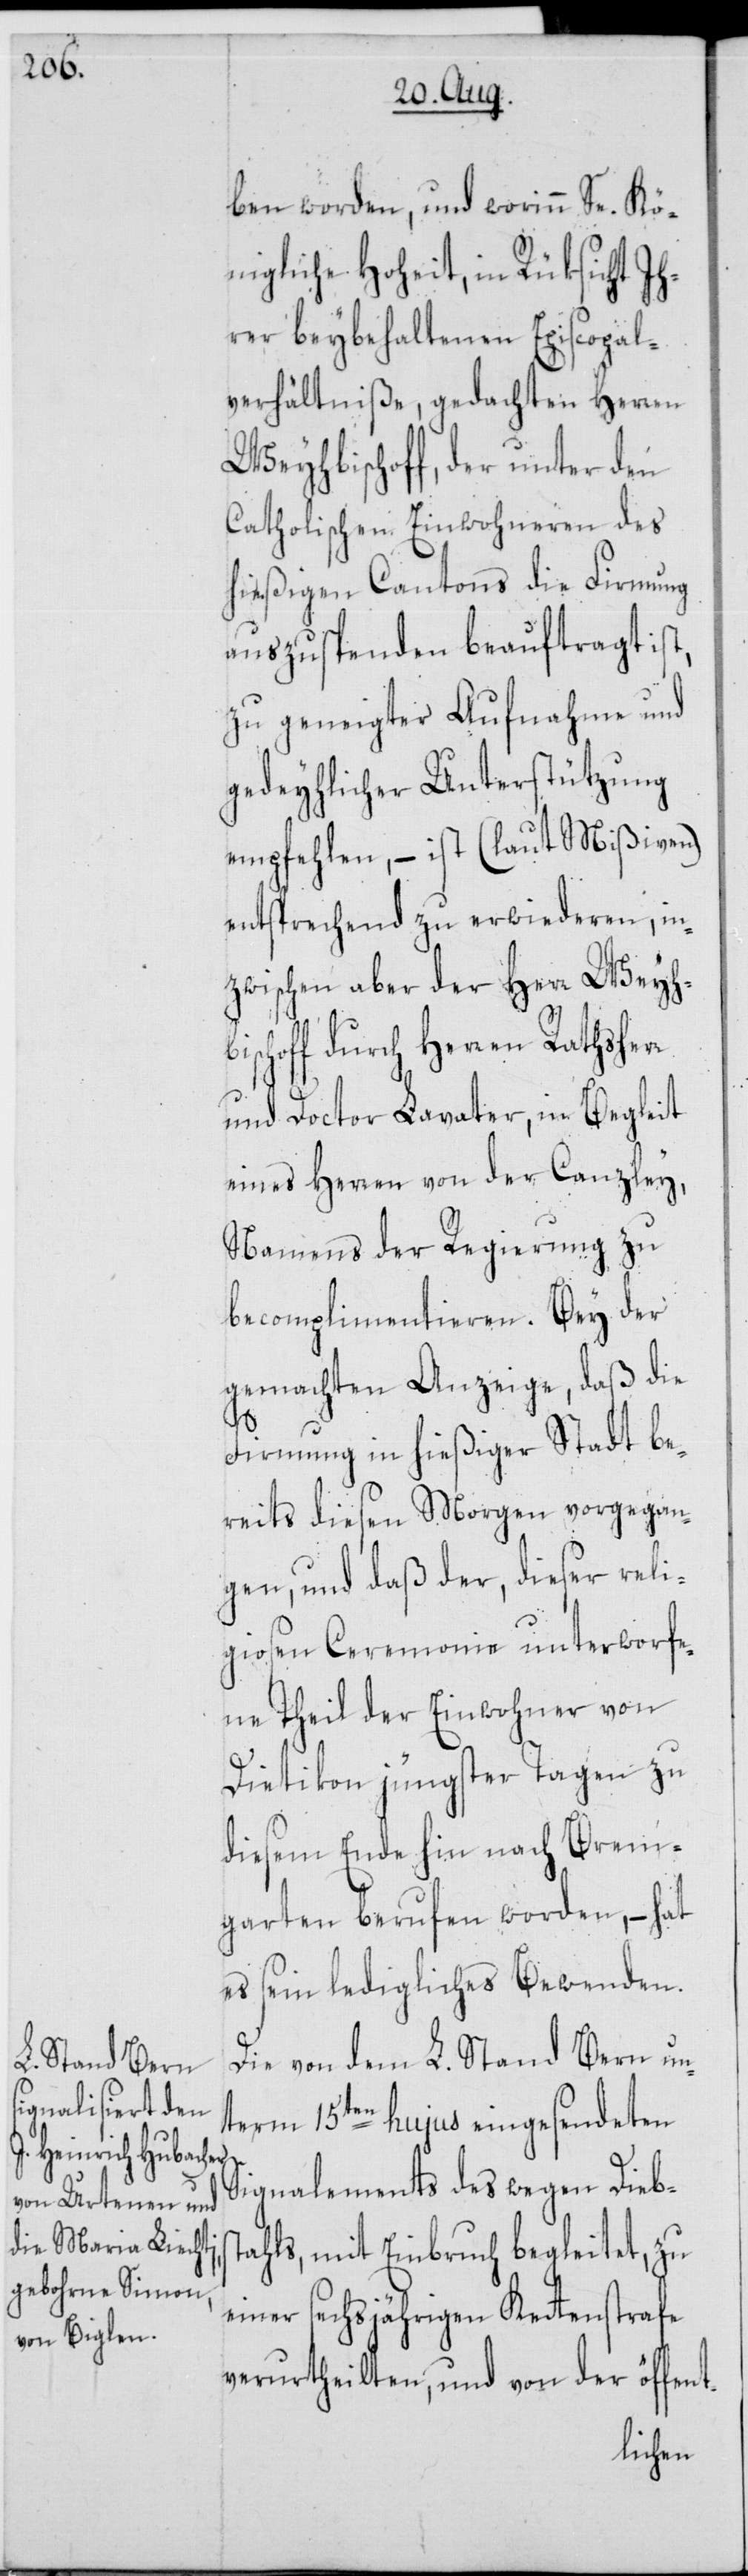
ben worden, und worinn Se. Kö¬
nigliche Hoheit, in Rüksicht Ih¬
rer beybehaltenen Episcopal¬
verhältniße, gedachten Herren
Weyhbischoff, der unter den
Catholischen Einwohneren des
hießigen Cantons die Firmung
auszuspenden beauftragt ist,
zu geneigter Aufnahme und
gedeyhlicher Unterstützung
empfehlen, – ist (laut Mißiven)
entsprechend zu erwiederen, in¬
zwischen aber der Herr Weyhb¬
ischoff durch Herren Rathsherr
und Doctor Lavater, in Begleit
eines Herren von der Canzley,
Namens der Regierung zu
becomplimentieren. Bey der
gemachten Anzeige, daß die
Firmung in hießiger Stadt be¬
reits diesen Morgen vorgegan¬
gen, und daß der, dieser reli¬
giosen Ceremonie unterworfe¬
ne Theil der Einwohner von
Dietikon jüngster Tagen zu
diesem Ende hin nach Brem¬
garten berufen worden, – hat
es sein ledigliches Bewenden.
Die von dem L. Stand Bern un¬
term 15ten hujus eingesendeten
Signalements des wegen Diebs¬
tahls, mit Einbruch begleitet, zu
einer sechsjährigen Kettenstrafe
verurtheilten, und von der öffent-